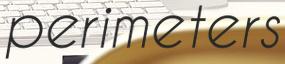
perimeters